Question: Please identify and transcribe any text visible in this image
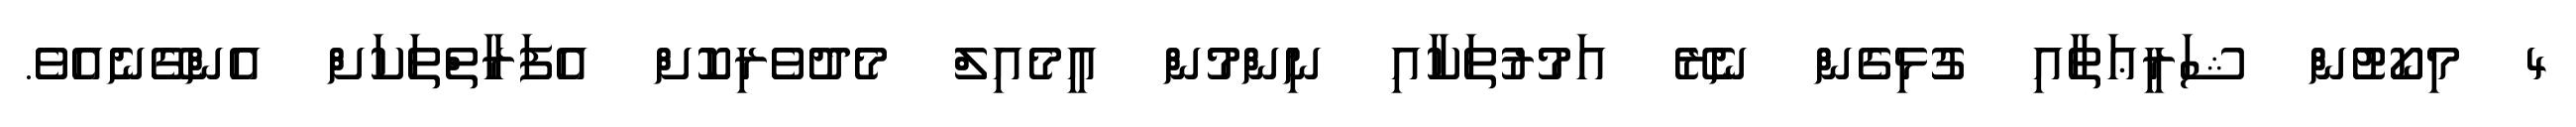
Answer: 4 މިކޯޓުން ޝަރީޢަތާއި ގުޅިގެން ނެރޭ އަމުރުތަކާއި ނިންމުން އީމެއިލް މެދުވެރިކޮށް އެފަރާތްތަކަށް އެންގޭނެއެވެ.